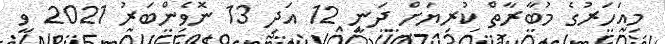
މިއަހަރުގެ މުބާރާތް ކުރިޔަށް ދަނީ 12 އަދި 13 ނޮވެންބަރު 2021 ވީ